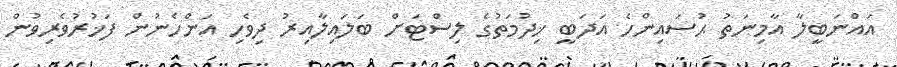
އައްނަބީލާ އާމިނަތު ޙުސައިންހެ އަދަބީ ޚިދުމަތުގެ ލިސްޓަށް ބަލައިލާއިރު ދިވެހި އަންހެނުން ފަޚުރުވެރިވުން